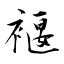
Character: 褗